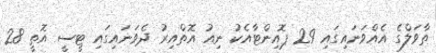
ތާވަލްގެ އެއްވަނައިގައި 29 ޕޮއިންޓާއެކު ނިއު އޮތްއިރު ދެވަނައިގައި ޓީސީ އޮތީ 28